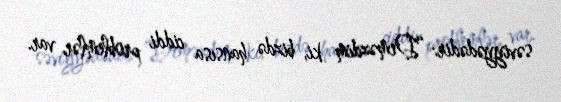
səviyyədədir: “Deməzdim ki, bizdə hansısa ciddi problemlər var.